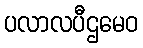
ပလာလပီဌမေဝ